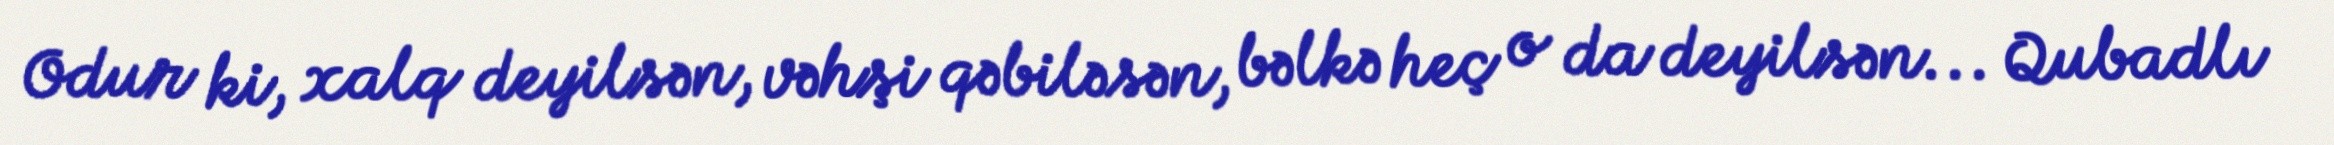
Odur ki, xalq deyilsən, vəhşi qəbiləsən, bəlkə heç o da deyilsən... Qubadlı